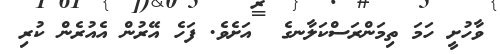
ވާހުށީ ހަމަ ތިމަންރަސްކަލާނގެ  އަށެވެ. ފަހެ އޭރުން އެއުރެން ކުރި